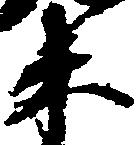
木